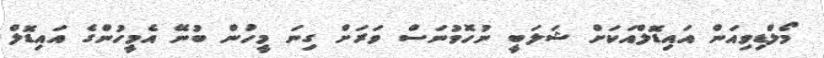
މޯލްޑިވިއަން އައިޑޮލްއަކަށް ޝަލަބީ ނުހޮވުނަސް ވަރަށް ގިނަ މީހުން ބުނޭ އެމީހުންގެ އައިޑޮލް